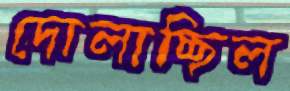
দোলাচ্ছিল